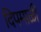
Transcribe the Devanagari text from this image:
दिपमाळी